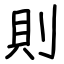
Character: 則